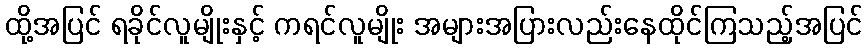
ထို့အပြင် ရခိုင်လူမျိုးနှင့် ကရင်လူမျိုး အများအပြားလည်းနေထိုင်ကြသည့်အပြင်